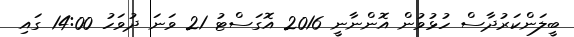
ބީލަންކަރުދާސް ހުޅުވުން އޮންނާނީ 2016 އޮގަސްޓު 21 ވަނަ ދުވަހު 14:00 ގައި